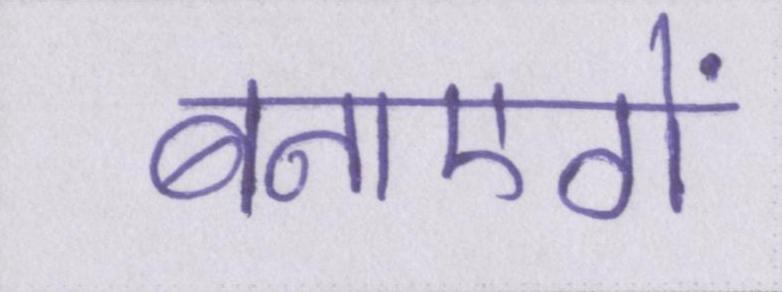
बनाएगें